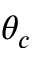
\theta _ { c }